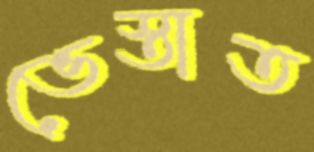
ভেস্তাত